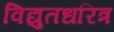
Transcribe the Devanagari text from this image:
विद्युतधरित्र